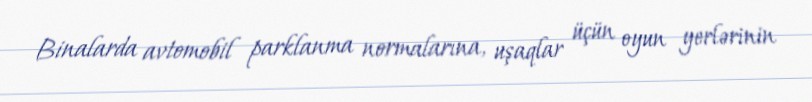
Binalarda avtomobil parklanma normalarına, uşaqlar üçün oyun yerlərinin